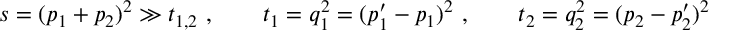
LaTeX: s = ( p _ { 1 } + p _ { 2 } ) ^ { 2 } \gg t _ { 1 , 2 } ~ , \qquad t _ { 1 } = q _ { 1 } ^ { 2 } = ( p _ { 1 } ^ { \prime } - p _ { 1 } ) ^ { 2 } ~ , \qquad t _ { 2 } = q _ { 2 } ^ { 2 } = ( p _ { 2 } - p _ { 2 } ^ { \prime } ) ^ { 2 }